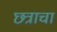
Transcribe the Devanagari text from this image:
छत्राचा